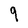
Character: 9